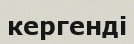
кергенді